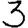
Digit: 3